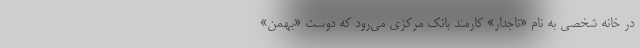
درِ خانه شخصی به نام «تاجدار» کارمند بانک مرکزی می‌رود که دوست «بهمن»